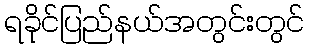
ရခိုင်ပြည်နယ်အတွင်းတွင်